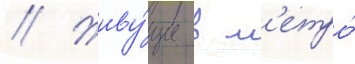
// Живу́щие в м'етро́